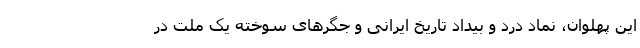
این پهلوان، نماد درد و بیداد تاریخ ایرانی و جگرهای سوخته یک ملت در